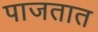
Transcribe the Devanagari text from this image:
पाजतात